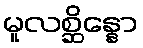
မူလစ္ဆိန္နော